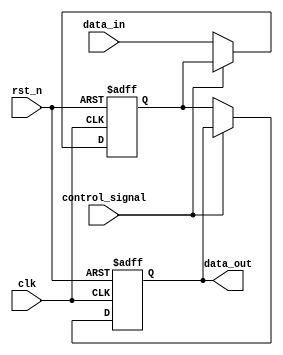
module hold_condition (
    input wire clk,                // Clock signal
    input wire rst_n,              // Active low reset signal
    input wire control_signal,      // Control signal for hold condition
    input wire [WIDTH-1:0] data_in, // Data inputs
    output reg [WIDTH-1:0] data_out // Current state output
);
  
parameter WIDTH = 8; // Define width of data inputs and output

// Internal state variable
reg [WIDTH-1:0] current_state;

always @(posedge clk or negedge rst_n) begin
    if (!rst_n) begin
        // Reset the current state to a known state
        data_out <= 0;
        current_state <= 0;
    end else if (control_signal) begin
        // Hold condition: Maintain the current output value
        data_out <= data_out;  // Output remains unchanged
    end else begin
        // Update the current state based on data inputs
        current_state <= data_in;
        data_out <= current_state; // Update output
    end
end

endmodule